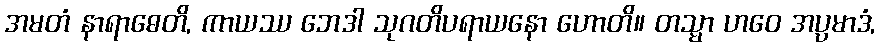
အမတံ နာရာဓေတိ, ကာယဿ ဘေဒါ သုဂတိပရာယနော ဟောတိ။ တသ္မာ ဟဝေ အပ္ပမာဒံ,